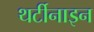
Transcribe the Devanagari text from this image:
थर्टीनाइन